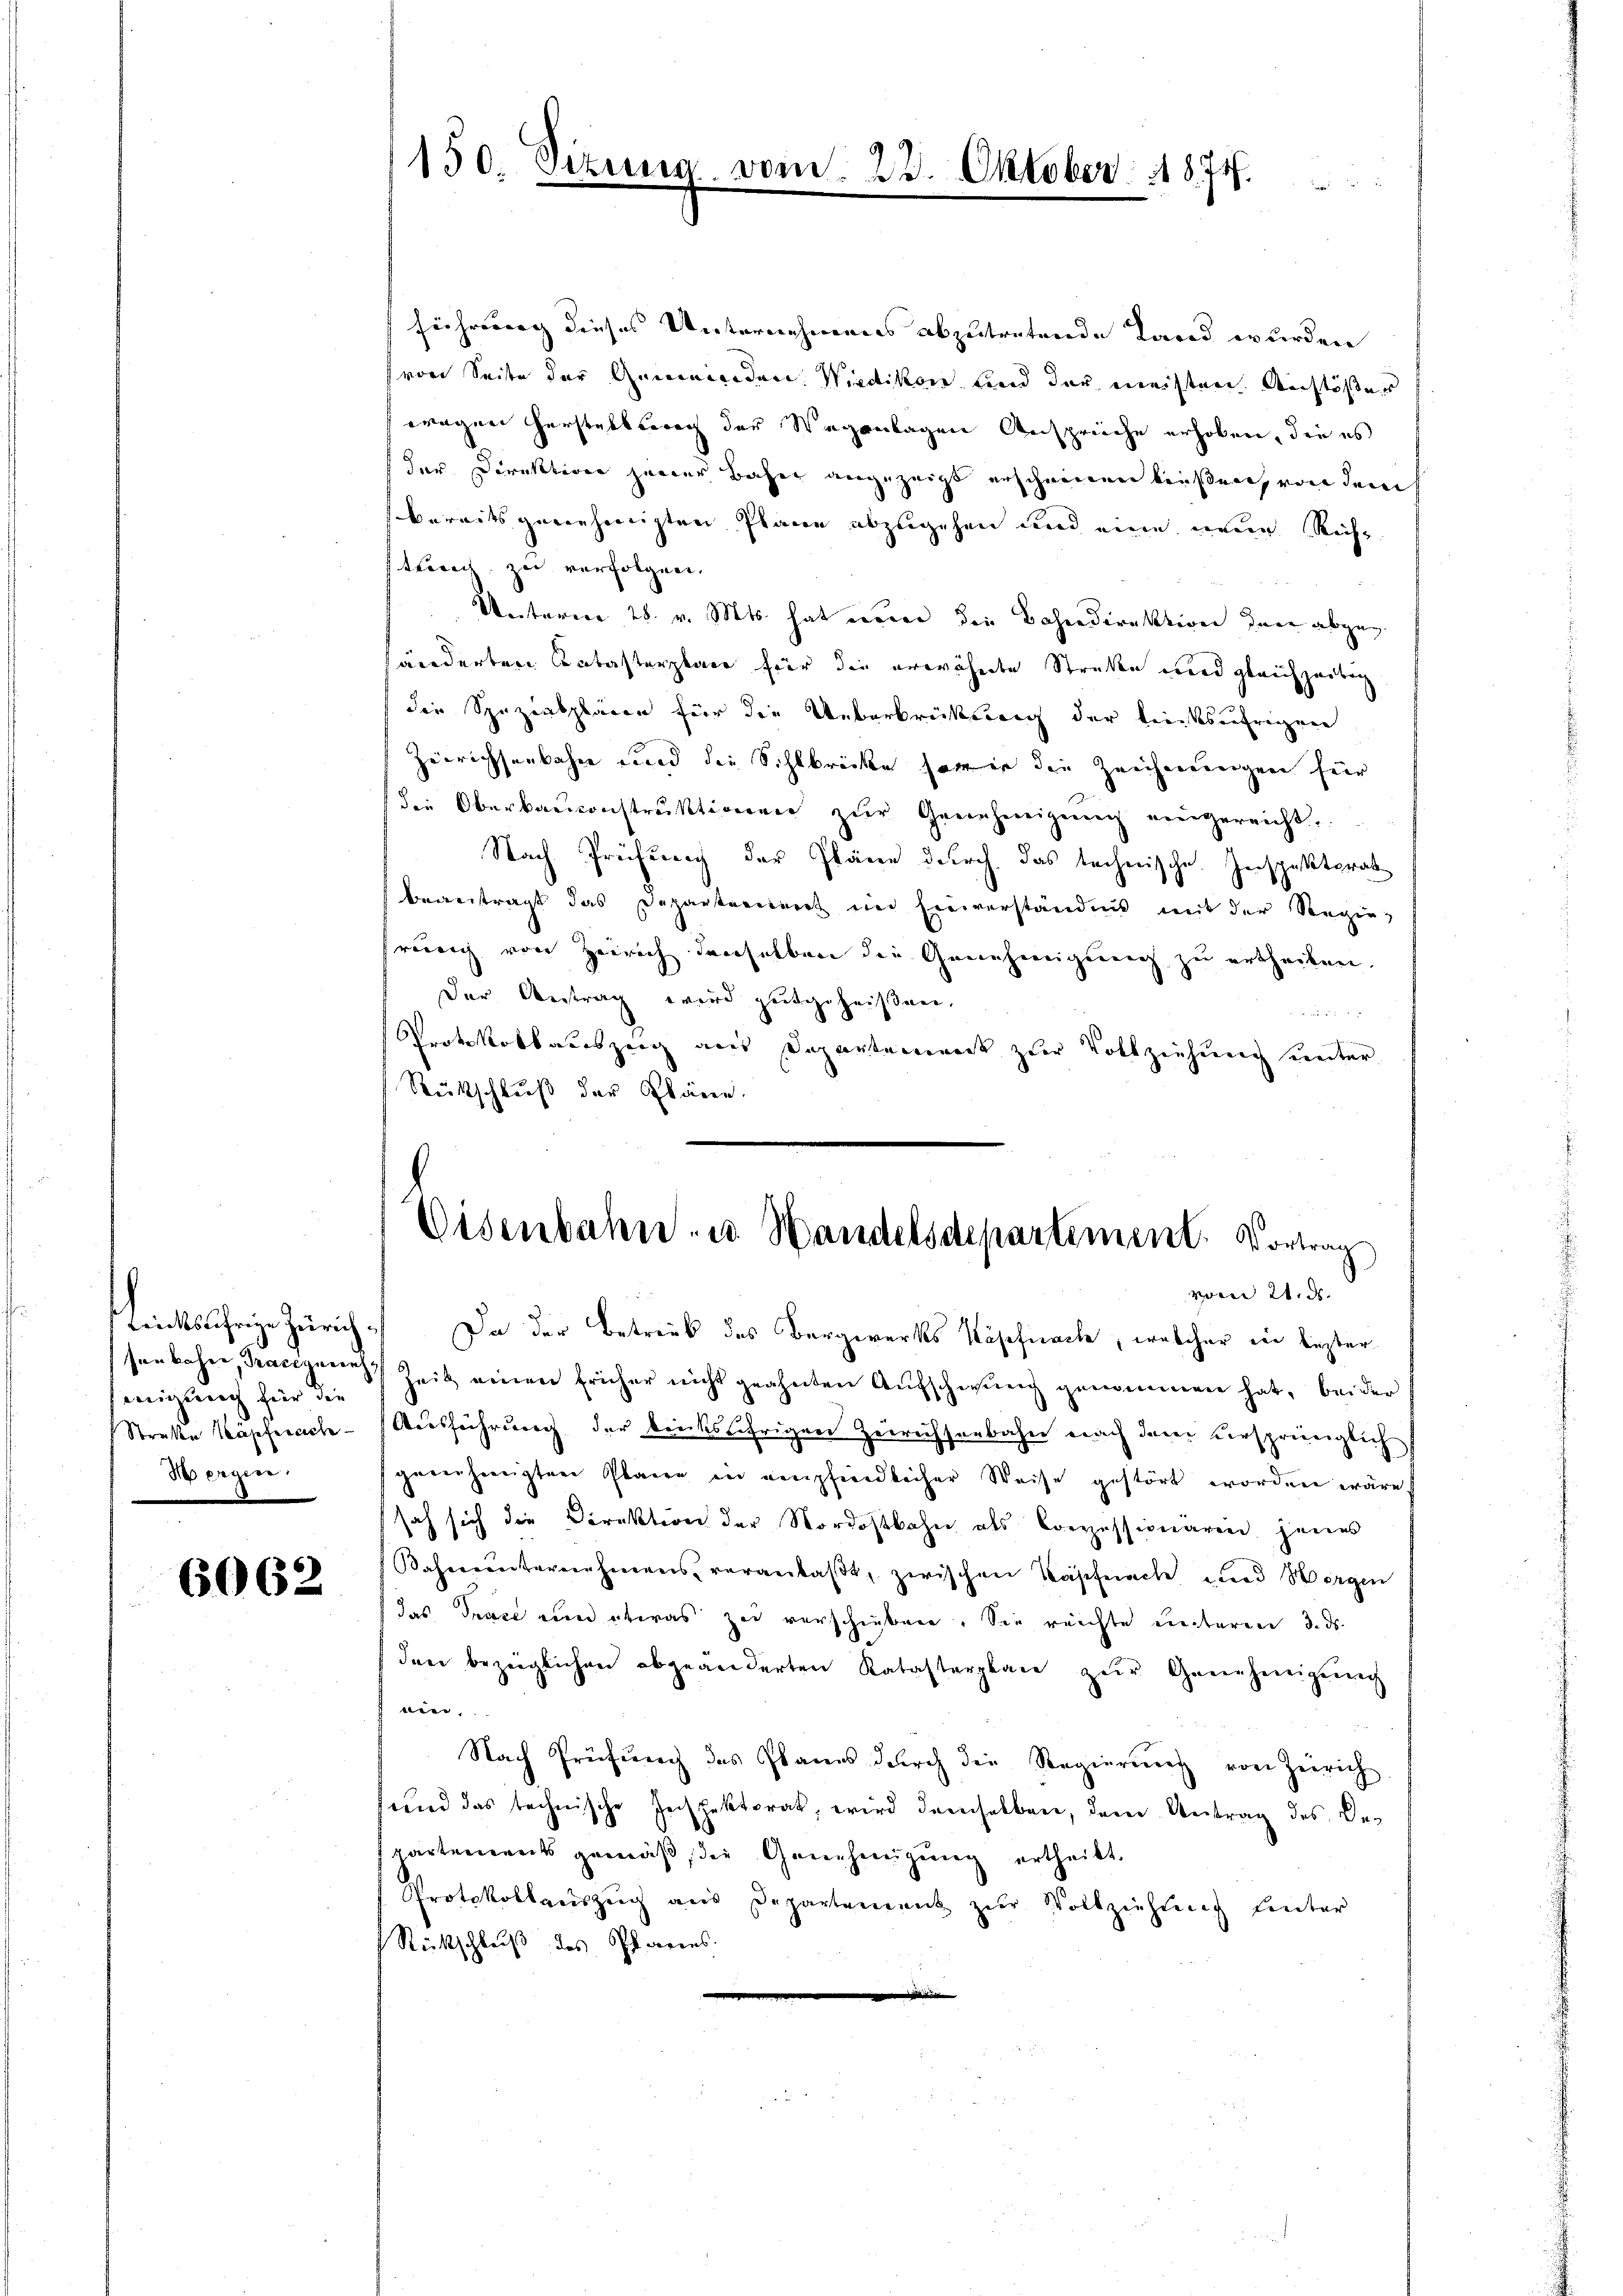
einigung für die
Hergen.

6062

führung dieses Unternehmens abzutretende Land wurden
von Seite der Gemeinden Wiedikon und der meisten Anstößer
wegen Herstellbrach der Wegenlagen Anspreche erhoben, die es
(der Direktion jener Bahne angezeigt erscheinen ließen, von dem
bereits genehmigten Plane abzugehen und eine neue Richt
treich zu verfolgen.
Unteren 28. v. Mts. hat einen die Bahndirektion der abgeg
wiederten Katasterplace für die erwähnte Straße wird gleichzeitig
die Spizensplären für die Ueberkrütterung der treitsaufregen
Zeirichsenbahn und die Sihlbrücke sowie die Zeichnungen für
die Oberbaŭconstruktionen zŭr Genehmigŭng eingereicht
Nach Prüfung der Pläne durch das technische Inspektorat
begeitragt das Departement im Einverständnis mit der Regie-
rung von Zürich derselben die Genehmigung zu ertheilen,
Der Antrag wird gutgeheißen.
Protokollauszeig aus Departement zur Vollziehung unter
Rückschluß der Pläne.

150. Sizung vom 23. Oktober 1874.

Eisenbahn- u. Handelsdepartement. Vortrag

vom 24. d.
Linksährige Zürich. Da der Betreib des Bergwerks Käpfnach, welcher in lezter
senbahn, Traciguen Zeit einen früher nicht geahnten Aufschwung genommen hat, beider
Streke Käpfnach - Ausführung der tricksjährigen Zeirichsenbahn nach dem versprünglich
genehmigten Plane in empfindlicher Weise gestört worden wäre.
sah sich die Direktion der Nordostbahn als Conzessionären jenes
Bahnunternehmens veranlaßt, zwischen Käpfnach und Horgen
das Trace nun etwas zu verschieben. Sie reichte unteren 3. ds.
den bezüglichen abgeänderten Ratasterplan zŭr Genehmigung
ein.
Nach Prüfung des Planes durch die Regierung von Zürich
und das technische Zerspektorat, wird demselben, dem Antrag des De-
partements gemäß, die Genehmigung ertheilt.
Protokollauszug aus Departement zur Vollziehung hinter
Rückschluß des Pfarrens.
n